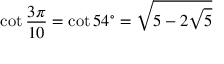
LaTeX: \cot { \frac { 3 \pi } { 1 0 } } = \cot 5 4 ^ { \circ } = { \sqrt { 5 - 2 { \sqrt { 5 } } } }